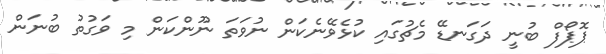
ޕޮޕޯފް ބުނީ ދަގަނޑޭ މެޗުގައި ކުޅެވޭނެކަން ނުވަތަ ނޫންކަން މި ވަގުތު ބުނަން